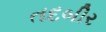
તદબીર